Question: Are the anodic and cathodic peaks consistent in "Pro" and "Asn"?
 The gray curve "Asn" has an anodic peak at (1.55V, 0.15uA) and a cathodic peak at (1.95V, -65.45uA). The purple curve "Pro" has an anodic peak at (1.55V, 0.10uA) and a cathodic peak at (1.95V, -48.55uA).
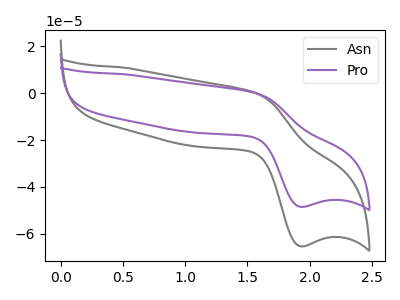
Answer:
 <answer>Yes, "Pro" have a peak in "Asn" at the same potential.</answer>
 <eval>match</eval>